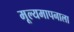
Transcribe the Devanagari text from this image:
मूल्यमापनाला